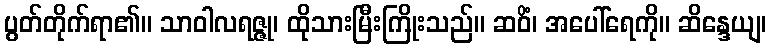
ပွတ်တိုက်ရာ၏။ သာဝါလရဇ္ဇု၊ ထိုသားမြီးကြိုးသည်။ ဆဝိံ၊ အပေါ်ရေကို။ ဆိန္ဒေယျ၊